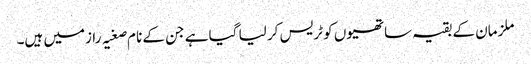
ملزمان کے بقیہ ساتھیوں کو ٹریس کر لیا گیا ہے جن کے نا م صغیہ رازمیں ہیں۔